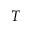
T